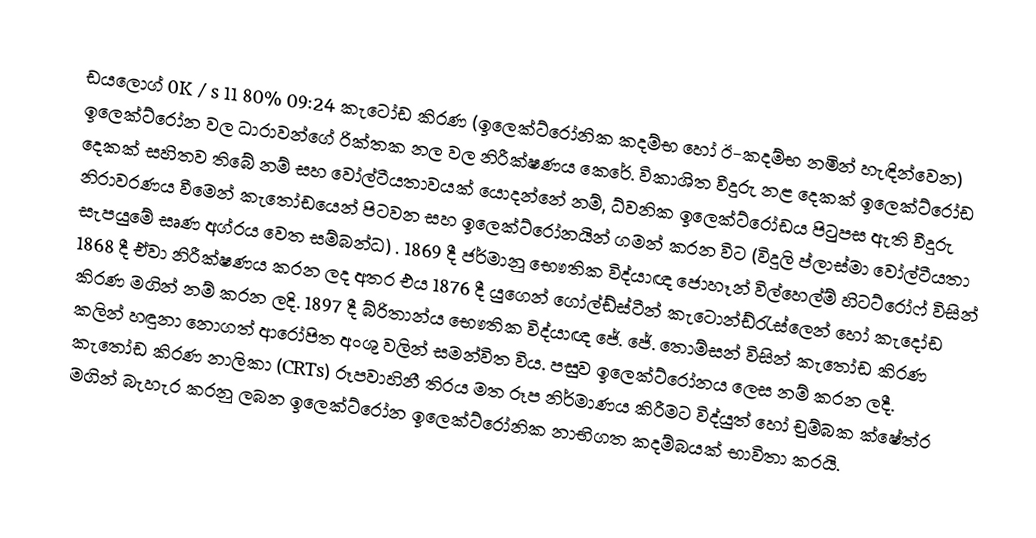
ඩයලොග් 0K / s 11 80% 09:24 කැටෝඩ කිරණ (ඉලෙක්ට්රෝනික කදම්භ හෝ ඊ-කදම්භ නමින් හැඳින්වෙන) ඉලෙක්ට්රෝන වල ධාරාවන්ගේ රික්තක නල වල නිරීක්ෂණය කෙරේ. විකාශිත වීදුරු නළ දෙකක් ඉලෙක්ට්රෝඩ දෙකක් සහිතව තිබේ නම් සහ වෝල්ටීයතාවයක් යොදන්නේ නම්, ධ්වනික ඉලෙක්ට්රෝඩය පිටුපස ඇති වීදුරු නිරාවරණය වීමෙන් කැතෝඩයෙන් පිටවන සහ ඉලෙක්ට්රෝනයින් ගමන් කරන විට (විදුලි ප්ලාස්මා වෝල්ටීයතා සැපයුමේ සෘණ අග්රය වෙත සම්බන්ධ) . 1869 දී ජර්මානු භෞතික විද්යාඥ ජොහෑන් විල්හෙල්ම් හිටට්රෝෆ් විසින් 1868 දී ඒවා නිරීක්ෂණය කරන ලද අතර එය 1876 දී යුගෙන් ගෝල්ඩ්ස්ටීන් කැටොන්ඩ්රැස්ලෙන් හෝ කැදෝඩ කිරණ මගින් නම් කරන ලදි. 1897 දී බ්රිතාන්ය භෞතික විද්යාඥ ජේ. ජේ. තොම්සන් විසින් කැතෝඩ කිරණ කලින් හඳුනා නොගත් ආරෝපිත අංශු වලින් සමන්විත විය. පසුව ඉලෙක්ට්රෝනය ලෙස නම් කරන ලදී. කැතෝඩ කිරණ නාලිකා (CRTs) රූපවාහිනී තිරය මත රූප නිර්මාණය කිරීමට විද්යුත් හෝ චුම්බක ක්ෂේත්ර මගින් බැහැර කරනු ලබන ඉලෙක්ට්රෝන ඉලෙක්ට්රෝනික නාභිගත කදම්බයක් භාවිතා කරයි.